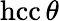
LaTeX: \operatorname{hcc}\theta